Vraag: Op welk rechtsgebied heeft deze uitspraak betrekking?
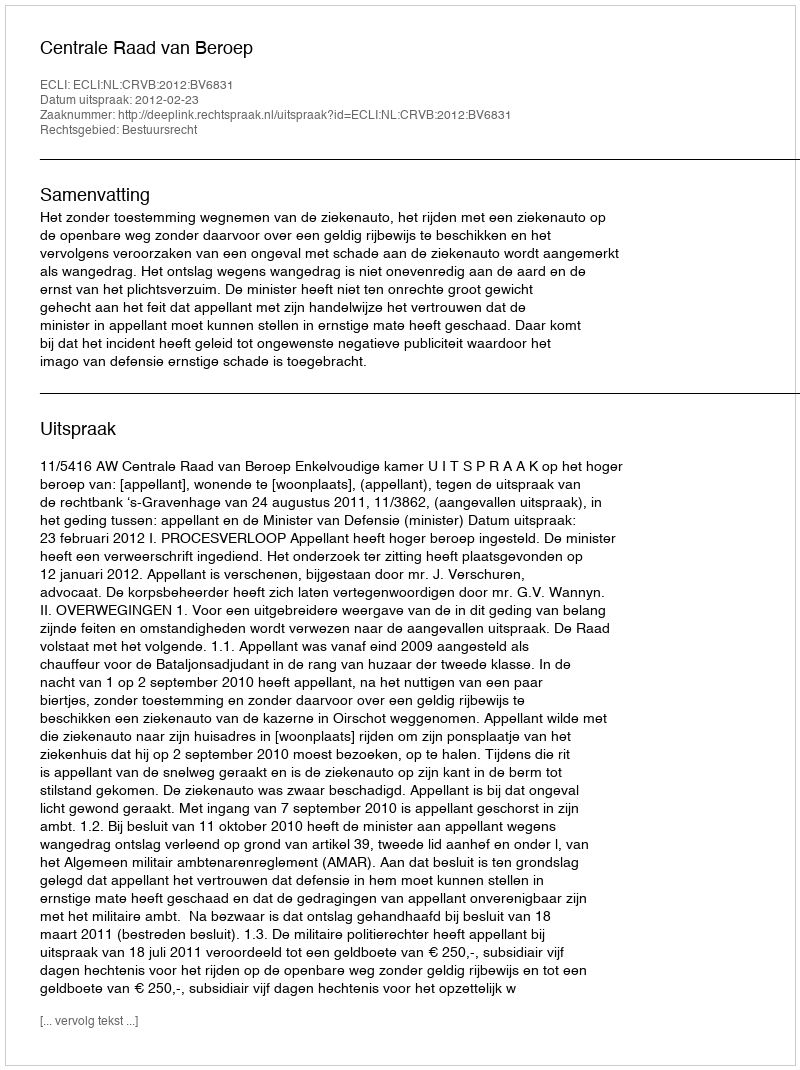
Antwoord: Bestuursrecht